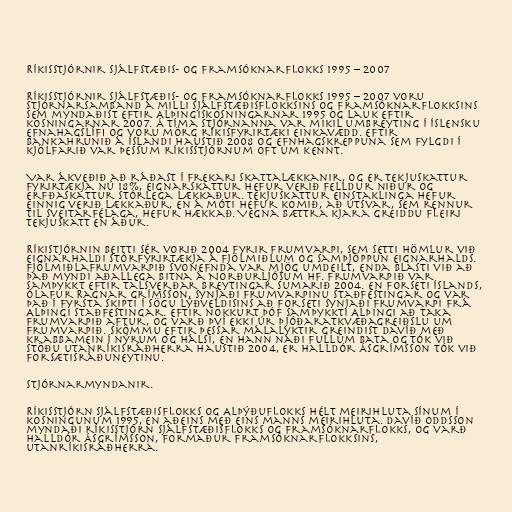
Ríkisstjórnir Sjálfstæðis- og Framsóknarflokks 1995 – 2007

Ríkisstjórnir Sjálfstæðis- og Framsóknarflokks 1995 – 2007 voru
stjórnarsamband á milli Sjálfstæðisflokksins og Framsóknarflokksins
sem myndaðist eftir Alþingiskosningarnar 1995 og lauk eftir
kosningarnar 2007. Á tíma stjórnanna var mikil umbreyting í íslensku
efnahagslífi og voru mörg ríkisfyrirtæki einkavædd. Eftir
bankahrunið á Íslandi haustið 2008 og efnhagskreppuna sem fylgdi í
kjölfarið var þessum ríkisstjórnum oft um kennt.

Var ákveðið að ráðast í frekari skattalækkanir, og er tekjuskattur
fyrirtækja nú 18%, eignarskattur hefur verið felldur niður og
erfðaskattur stórlega lækkaður. Tekjuskattur einstaklinga hefur
einnig verið lækkaður, en á móti hefur komið, að útsvar, sem rennur
til sveitarfélaga, hefur hækkað. Vegna bættra kjara greiddu fleiri
tekjuskatt en áður.

Ríkistjórnin beitti sér vorið 2004 fyrir frumvarpi, sem setti hömlur við
eignarhaldi stórfyrirtækja á fjölmiðlum og samþjöppun eignarhalds.
Fjölmiðlafrumvarpið svonefnda var mjög umdeilt, enda blasti við að
það myndi aðallega bitna á Norðurljósum hf. Frumvarpið var
samþykkt eftir talsverðar breytingar sumarið 2004. En forseti Íslands,
Ólafur Ragnar Grímsson, synjaði frumvarpinu staðfestingar og var
það í fyrsta skipti í sögu lýðveldisins að forseti synjaði frumvarpi frá
Alþingi staðfestingar. Eftir nokkurt þóf samþykkti Alþingi að taka
frumvarpið aftur, og varð því ekki úr þjóðaratkvæðagreiðslu um
frumvarpið. Skömmu eftir þessar málalyktir greindist Davíð með
krabbamein í nýrum og hálsi, en hann náði fullum bata og tók við
stöðu utanríkisráðherra haustið 2004, er Halldór Ásgrímsson tók við
forsætisráðuneytinu.

Stjórnarmyndanir.

Ríkisstjórn Sjálfstæðisflokks og Alþýðuflokks hélt meirihluta sínum í
kosningunum 1995, en aðeins með eins manns meirihluta. Davíð Oddsson
myndaði ríkisstjórn Sjálfstæðisflokks og Framsóknarflokks, og varð
Halldór Ásgrímsson, formaður Framsóknarflokksins,
utanríkisráðherra.